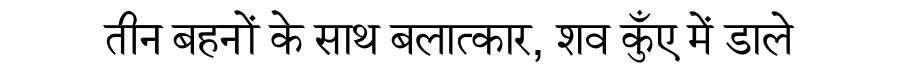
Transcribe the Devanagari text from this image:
तीन बहनों के साथ बलात्कार, शव कुँए में डाले